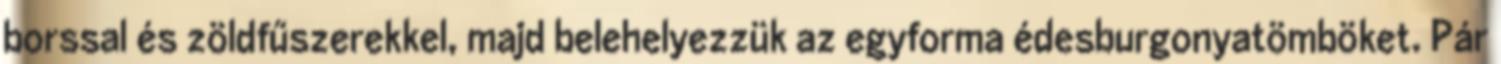
borssal és zöldfűszerekkel, majd belehelyezzük az egyforma édesburgonyatömböket. Pár